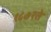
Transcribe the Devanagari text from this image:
१८७२ते